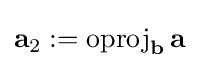
\mathbf {a} _{2}:=\operatorname {oproj} _{\mathbf {b} }\mathbf {a}